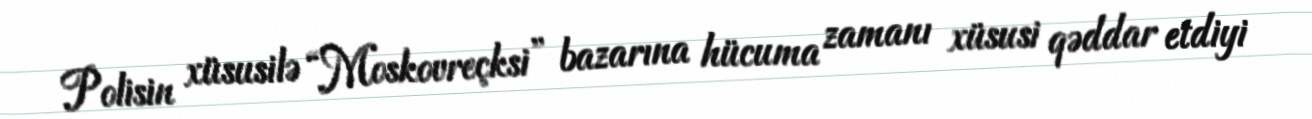
Polisin xüsusilə “Moskovreçksi” bazarına hücuma zamanı xüsusi qəddar etdiyi